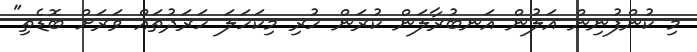
މި ކުންފުނިން އަލުން އަނބުރާލަން ކުރަން ހުރި މިކަހަލަ ހަރަދުތައް ވަރަށް ބޮޑެތި"